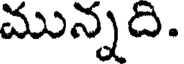
మున్నది.